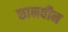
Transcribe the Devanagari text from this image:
छानवीन